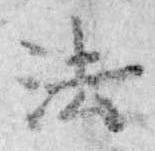
法